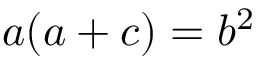
a ( a + c ) = b ^ { 2 }